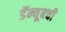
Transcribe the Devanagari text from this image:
डॅन्यूबची